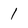
Character: 1